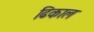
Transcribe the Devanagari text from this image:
ढिकाल